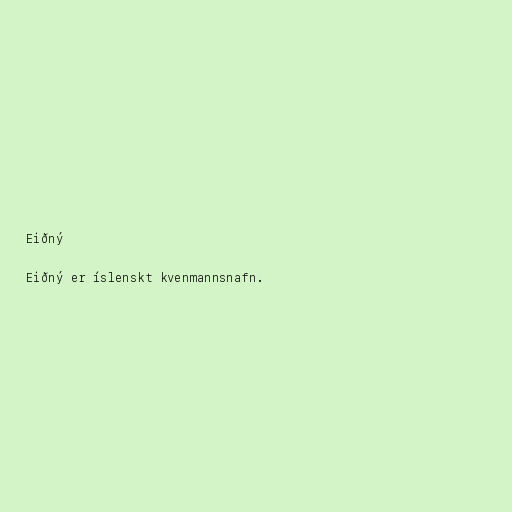
Eiðný

Eiðný er íslenskt kvenmannsnafn.